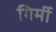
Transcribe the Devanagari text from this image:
गिर्मी